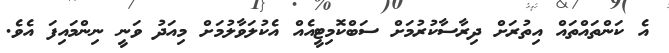
އެ ކަންތައްތައް އިތުރަށް ދިރާސާކުރުމަށް ސަބްކޮމިޓީއެއް އެކުލަވާލުމަށް މިއަދު ވަނީ ނިންމައިފަ އެވެ.